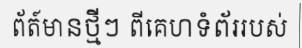
ព័ត៍មានថ្មីៗ ពីគេហទំព័ររបស់